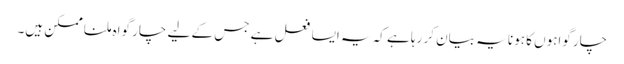
چار گواہوں کا ہونا یہ بیان کر رہا ہے کہ یہ ایسا فعل ہے جس کے لیے چار گواہ ملنا ممکن ہیں۔